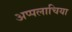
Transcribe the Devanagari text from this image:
अप्पलाचिया